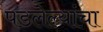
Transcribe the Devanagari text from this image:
पडलेल्यांचा